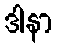
ဒါနာ